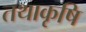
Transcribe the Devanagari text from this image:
तथाकृषि